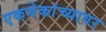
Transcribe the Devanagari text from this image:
एकमेकांच्यावर